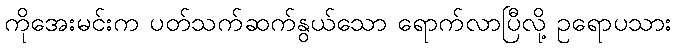
ကိုအေးမင်းက ပတ်သက်ဆက်နွယ်သော ရောက်လာပြီလို့ ဥရောပသား